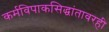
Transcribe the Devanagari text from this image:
कर्मविपाकसिद्धांतावरही